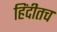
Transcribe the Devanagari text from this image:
हिंदीतच